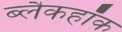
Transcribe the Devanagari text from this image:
ब्लैकहॉक